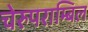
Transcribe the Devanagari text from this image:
चेरुपराम्बिल